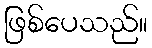
ဖြစ်ပေသည်။